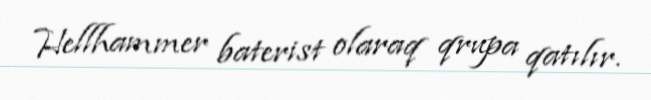
Hellhammer baterist olaraq qrupa qatılır.